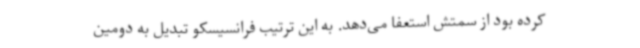
کرده بود از سمتش استعفا می‌دهد. به این ترتیب فرانسیسکو تبدیل به دومین